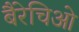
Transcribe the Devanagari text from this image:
बैरेचिओ